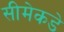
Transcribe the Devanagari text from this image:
सीमेकडे